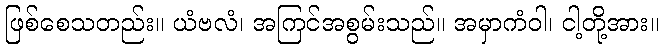
ဖြစ်စေသတည်း။ ယံဗလံ၊ အကြင်အစွမ်းသည်။ အမှာကံဝါ၊ ငါ့တို့အား။